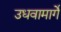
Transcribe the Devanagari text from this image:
उधवामार्गे